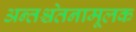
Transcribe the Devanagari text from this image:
अन्तश्चेतनामूलक